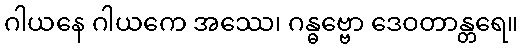
ဂါယနေ ဂါယကေ အဿေ၊ ဂန္ဓဗ္ဗော ဒေဝတာန္တရေ။